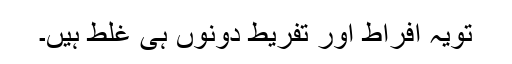
تویہ افراط اور تفریط دونوں ہی غلط ہیں۔